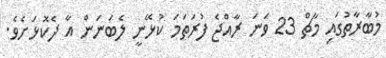
މުބާރާތުގައި މާޗް 23 ވަނަ ރާއްޖެ ފުރަތަމަ ކުޅޭނީ ލެބަނަން އާ ދެކޮޅަށެވެ.